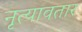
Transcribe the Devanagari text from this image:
नृत्यावतार